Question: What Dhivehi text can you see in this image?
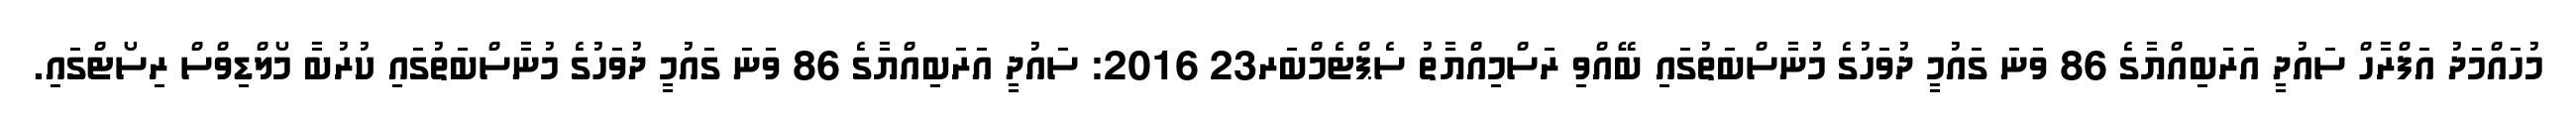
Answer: މުހައްމަދު އަފްރާހް ސައުދީ އަރަބިއްޔާގެ 86 ވަނަ ގައުމީ ދުވަހުގެ މުނާސްބަތުގައި ބޭއްވި ރަސްމިއްޔާތު ސެޕްޓެމްބަރ23 2016: ސައުދީ އަރަބިއްޔާގެ 86 ވަނަ ގައުމީ ދުވަހުގެ މުނާސްބަތުގައި ކުރުބާ މޯލްޑިވްސް ރިސޯޓްގައި.